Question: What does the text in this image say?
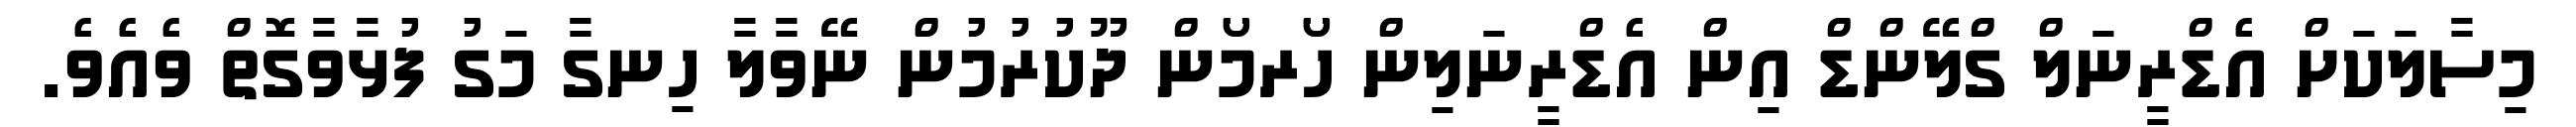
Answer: މިސާލަކަށް އެޑްރީނަލް ގްލޭންޑް އިން އެޑްރީނަލިން ހޯރމޯން ދޫކުރުމުން ނޭވާލާ ހިނގާ މަގު ފުޅާވާގޮތް ވެއެވެ.